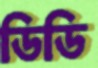
ডিডি